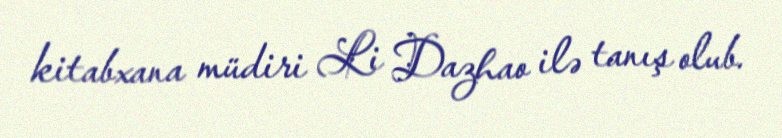
kitabxana müdiri Li Dazhao ilə tanış olub.